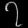
Digit: ၇